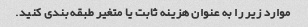
موارد زیر را به عنوان هزینه ثابت یا متغیر طبقه بندی کنید.